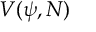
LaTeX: V ( \psi , N )